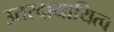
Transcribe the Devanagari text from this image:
उत्तरदायायित्व